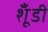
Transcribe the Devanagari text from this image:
शूँडी